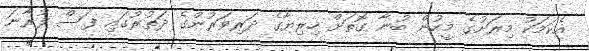
އެކަމަކު މިރަށުގެ މީހުން ބުނާ ގޮތަށް ހިރިޔާގެ ދަރިވަރުންގެ ދަތުރުގައި ފަސް ފުރާނަ